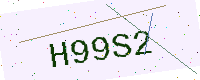
Text: H99S2